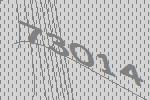
73014